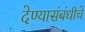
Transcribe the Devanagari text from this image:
देण्यासंबंधीचे